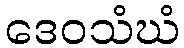
ဒေဝသံဃံ